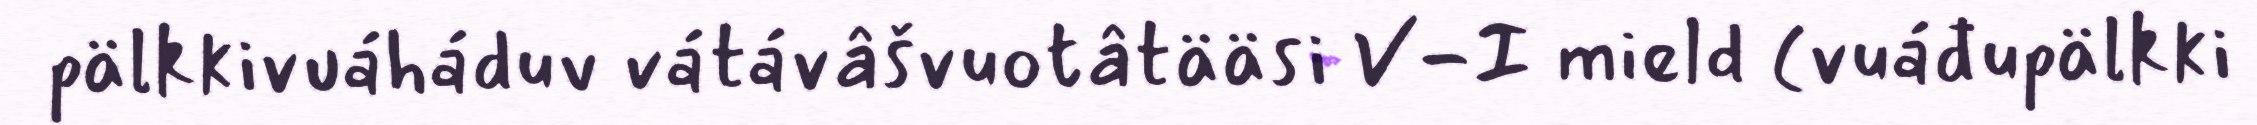
pälkkivuáháduv vátávâšvuotâtääsi V-I mield (vuáđupälkki